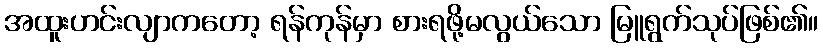
အထူးဟင်းလျာကတော့ ရန်ကုန်မှာ စားရဖို့မလွယ်သော မြူရွက်သုပ်ဖြစ်၏။